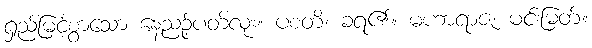
ရှည်မြင့်စွာသော နေ့ညဉ့်ပတ်လုံး။ ပစတိ၊ ခံရ၏။ မဟာရာဇ၊ မင်းမြတ်။